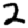
Digit: 2